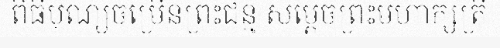
ពិធីបុណ្យចម្រើនព្រះជន្ម សម្តេចព្រះមហាក្សត្រី